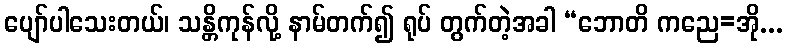
ပျော်ပါသေးတယ်၊ သန္တိကုန်လို့ နာမ်တက်၍ ရုပ် တွက်တဲ့အခါ “ဘောတိ ကညေ=အို...